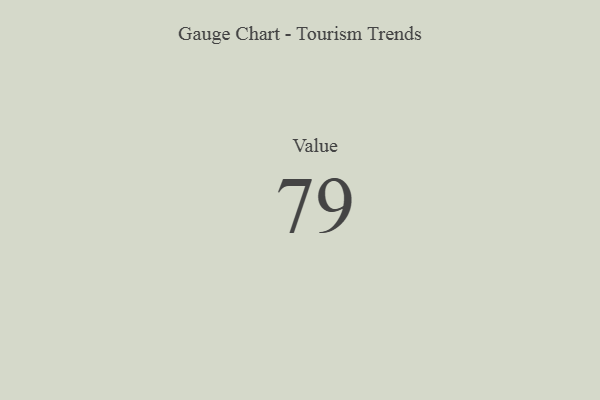
{"axis": {"x": "Metric", "y": "Value"}, "legend": [""], "data": [{"x": "Value", "y": 79, "type": ""}]}